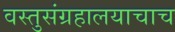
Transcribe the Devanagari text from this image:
वस्तुसंग्रहालयाचाच